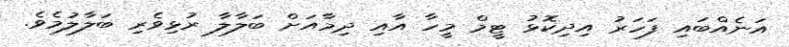
އަނެއްބައި ފަހަރު އިދިކޮޅު ޓީމް މީހާ އާއި ދިމާއަށް ބަލާލާ ރުޅިވެރި ބަލާލުމެވެ.